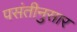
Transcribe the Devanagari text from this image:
पसंतीनुसार